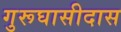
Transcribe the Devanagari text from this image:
गुरूघासीदास